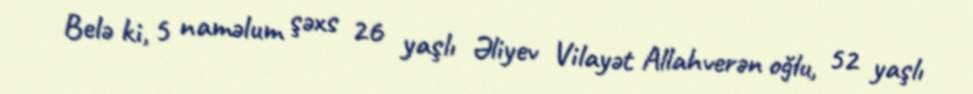
Belə ki, 5 naməlum şəxs 26 yaşlı Əliyev Vilayət Allahverən oğlu, 52 yaşlı